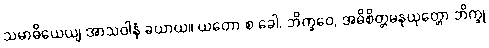
သမာဓိယေယျ အာသဝါနံ ခယာယ။ ယတော စ ခေါ, ဘိက္ခဝေ, အဓိစိတ္တမနုယုတ္တော ဘိက္ခု